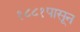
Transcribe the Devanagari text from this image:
१८८१पासून